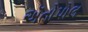
ઍતોપોલ